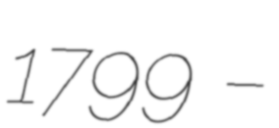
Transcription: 1799 –